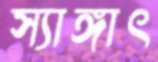
স্যাঙ্গাৎ